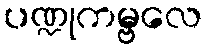
ပဏ္ဍုကမ္ဗလေ